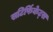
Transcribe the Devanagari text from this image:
सटिर्फिकेट्स